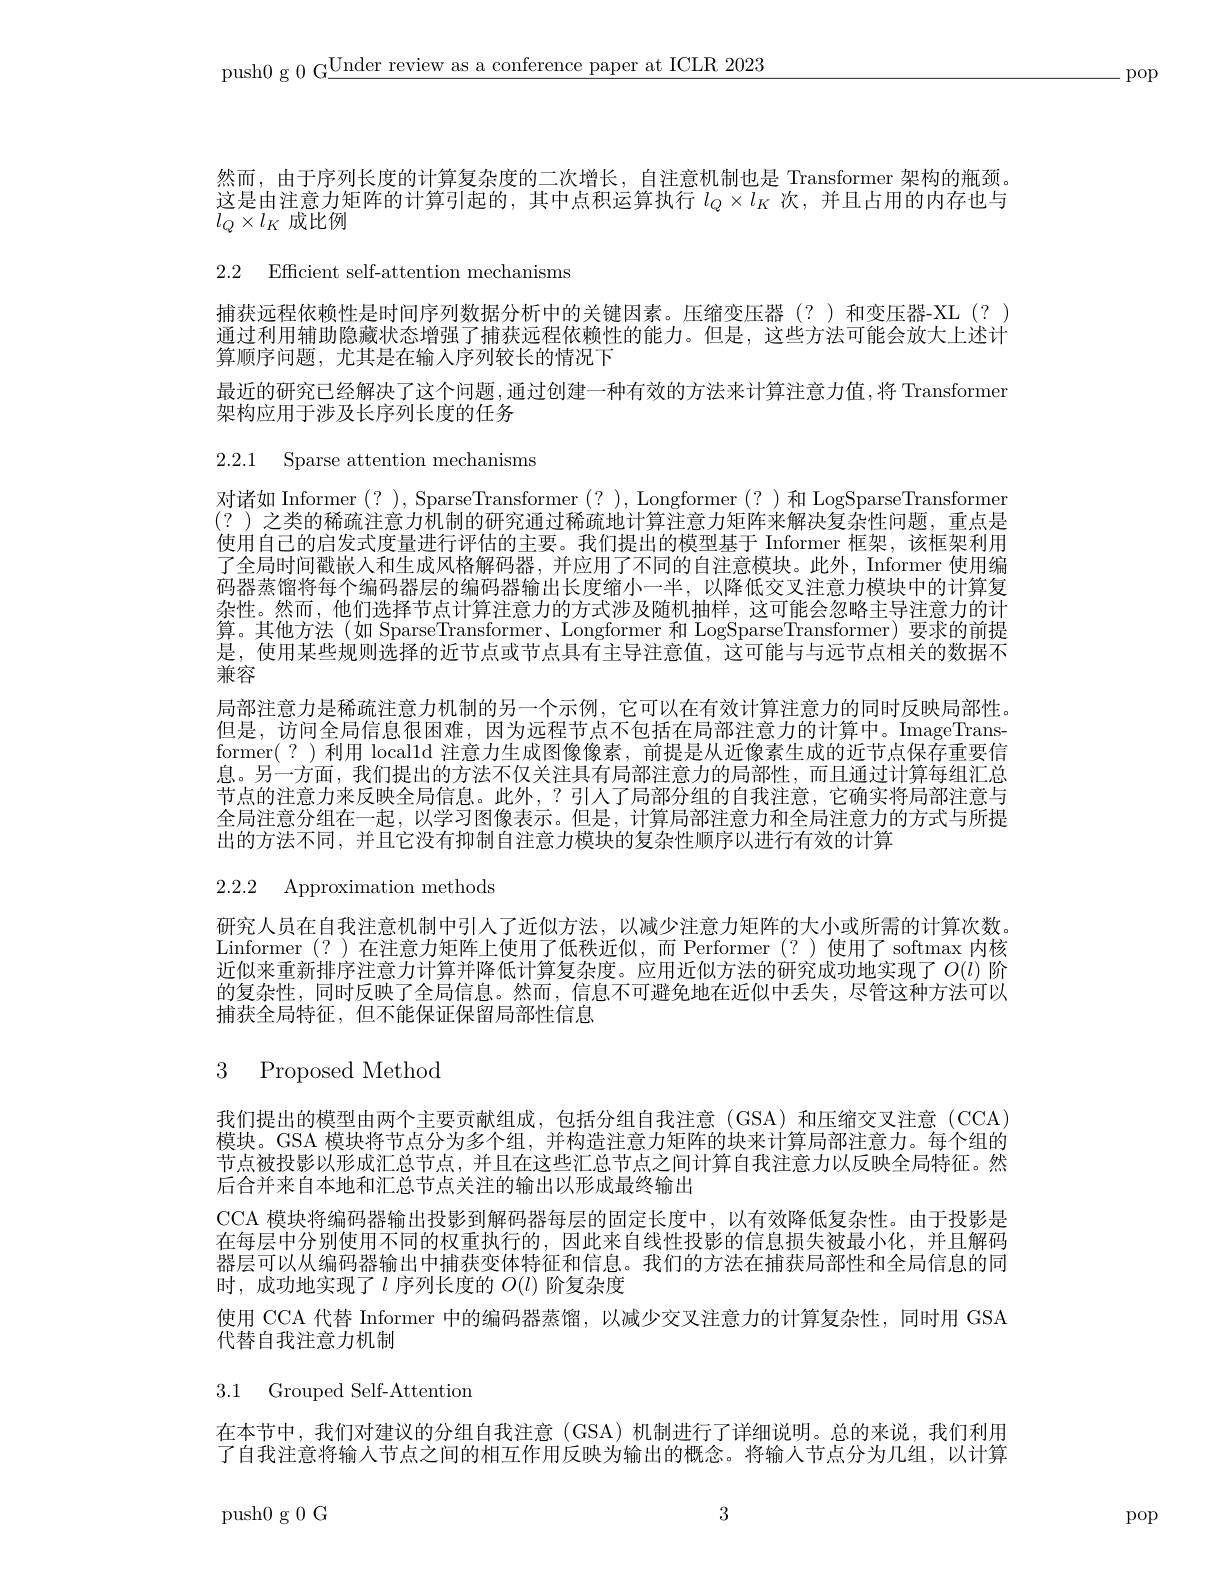
push0 g 0 G$\underline\text{Under review as a conference paper at ICLR 2023}$

-pop

然而，由于序列长度的计算复杂度的二次增长，自注意机制也是 Transformer 架构的瓶颈这是由注意力矩阵的计算引起的，其中点积运算执行$l_Q\times l_K$次，并且占用的内存也与$l_Q\times l_K$成比例

2.2 Efficient self-attention mechanisms

捕获远程依赖性是时间序列数据分析中的关键因素。压缩变压器(?)和变压器-XL(?) 通过利用辅助隐藏状态增强了捕获远程依赖性的能力。但是，这些方法可能会放大上述计算顺序问题，尤其是在输入序列较长的情况下
最近的研究已经解决了这个问题，通过创建一种有效的方法来计算注意力值，将 Transformer
架构应用于涉及长序列长度的任务

2.2.1 Sparse attention mechanisms

对诸如 Informer(?), SparseTransformer(?), Longformer(?)和 LogSparseTransformer (?)之类的稀疏注意力机制的研究通过稀疏地计算注意力矩阵来解决复杂性问题，重点是使用自己的启发式度量进行评估的主要。我们提出的模型基于 Informer 框架，该框架利用了全局时间戳嵌人和生成风格解码器，并应用了不同的自注意模块。此外，Informer 使用编码器蒸馏将每个编码器层的编码器输出长度缩小一半，以降低交叉注意力模块中的计算复杂性。然而，他们选择节点计算注意力的方式涉及随机抽样，这可能会忽略主导注意力的计算。其他方法(如 SparseTransformer、Longformer 和 LogSparseTransformer) 要求的前提是，使用某些规则选择的近节点或节点具有主导注意值，这可能与与远节点相关的数据不兼容
局部注意力是稀疏注意力机制的另一个示例，它可以在有效计算注意力的同时反映局部性。但是，访问全局信息很困难，因为远程节点不包括在局部注意力的计算中。ImageTransformer(?)利用 localld 注意力生成图像像素，前提是从近像素生成的近节点保存重要信息。另一方面，我们提出的方法不仅关注具有局部注意力的局部性，而且通过计算每组汇总节点的注意力来反映全局信息。此外，?引人了局部分组的自我注意，它确实将局部注意与全局注意分组在一起，以学习图像表示。但是，计算局部注意力和全局注意力的方式与所提出的方法不同，并且它没有抑制自注意力模块的复杂性顺序以进行有效的计算

2.2.2 Approximation methods

研究人员在自我注意机制中引入了近似方法，以减少注意力矩阵的大小或所需的计算次数。Linformer(?)在注意力矩阵上使用了低秩近似，而 Performer(?)使用了softmax内核近似来重新排序注意力计算并降低计算复杂度。应用近似方法的研究成功地实现了$O(l)$ 阶的复杂性，同时反映了全局信息。然而，信息不可避免地在近似中丢失，尽管这种方法可以捕获全局特征，但不能保证保留局部性信息

# 3 Proposed Method

我们提出的模型由两个主要贡献组成，包括分组自我注意(GSA)和压缩交叉注意(CCA) 模块。GSA 模块将节点分为多个组，并构造注意力矩阵的块来计算局部注意力。每个组的节点被投影以形成汇总节点，并且在这些汇总节点之间计算自我注意力以反映全局特征。然后合并来自本地和汇总节点关注的输出以形成最终输出
CCA 模块将编码器输出投影到解码器每层的固定长度中，以有效降低复杂性。由于投影是在每层中分别使用不同的权重执行的，因此来自线性投影的信息损失被最小化，并且解码器层可以从编码器输出中捕获变体特征和信息。我们的方法在捕获局部性和全局信息的同时，成功地实现了$\iota$序列长度的$O(l)$阶复杂度
使用 CCA 代替 Informer 中的编码器蒸馏，以减少交叉注意力的计算复杂性，同时用 GSA
代替自我注意力机制

3.1 Grouped Self-Attention

在本节中，我们对建议的分组自我注意(GSA)机制进行了详细说明。总的来说，我们利用了自我注意将输人节点之间的相互作用反映为输出的概念。将输人节点分为几组，以计算

3

push0g0G

pop